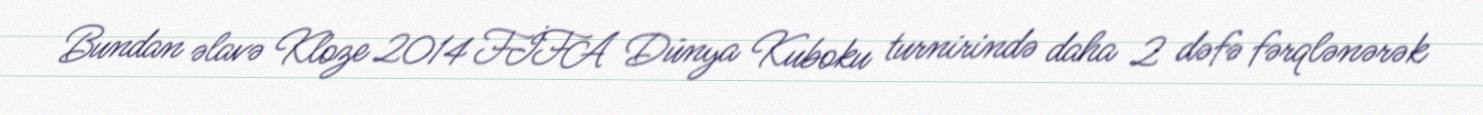
Bundan əlavə Kloze 2014 FİFA Dünya Kuboku turnirində daha 2 dəfə fərqlənərək